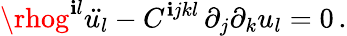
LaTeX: {\rhog^{\mathbf{i}l}\ddot{{u_{l}}}-C^{\mathbf{i}jkl}\, {\partial_{j}\partial_{k}u_{l}}=0\, .}